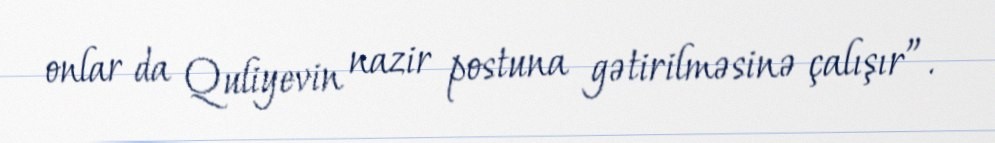
onlar da Quliyevin nazir postuna gətirilməsinə çalışır”.